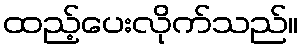
ထည့်ပေးလိုက်သည်။